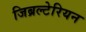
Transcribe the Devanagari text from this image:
जिब्रल्टेरियन